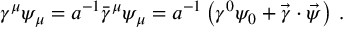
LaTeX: \gamma ^ { \mu } \psi _ { \mu } = a ^ { - 1 } \bar { \gamma } ^ { \mu } \psi _ { \mu } = a ^ { - 1 } \left( \gamma ^ { 0 } \psi _ { 0 } + \vec { \gamma } \cdot \vec { \psi } \right) \, .